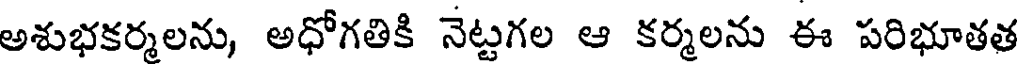
అశుభకర్మలను, అధోగతికి నెట్టగల ఆ కర్మలను ఈ పరిభూతత